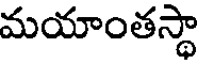
మయాంతస్థా